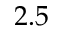
2 . 5